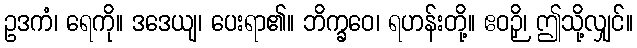
ဥဒကံ၊ ရေကို။ ဒဒေယျ၊ ပေးရာ၏။ ဘိက္ခဝေ၊ ရဟန်းတို့။ ဧဝဉှိ၊ ဤသို့လျှင်။